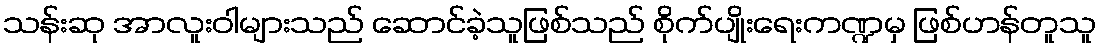
သန်းဆု အာလူးဝါများသည် ဆောင်ခဲ့သူဖြစ်သည် စိုက်ပျိုးရေးကဏ္ဍမှ ဖြစ်ဟန်တူသူ